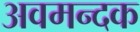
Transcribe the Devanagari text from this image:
अवमन्दक